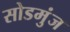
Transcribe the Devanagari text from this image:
सोडमुंज